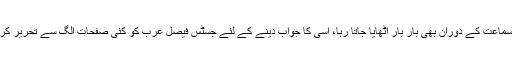
یہ نکتہ سماعت کے دوران بھی بار بار اٹھایا جاتا رہا، اسی کا جواب دینے کے لئے جسٹس فیصل عرب کو کئی صفحات الگ سے تحریر کرنا پڑے۔